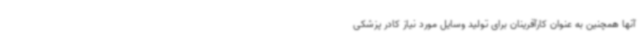
آنها همچنین به عنوان کارآفرینان برای تولید وسایل مورد نیاز کادر پزشکی